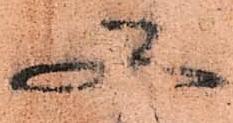
又